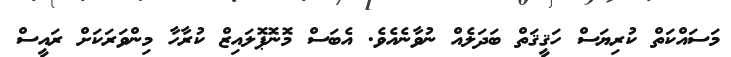
މަސައްކަތް ކުރިޔަސް ހަޤީޤަތް ބަދަލެއް ނުވާނެއެވެ. އެބަސް މޮނޮޕޮލައިޒް ކުރާހާ މިންވަރަކަށް ރައީސް